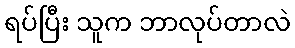
ရပ်ပြီး သူက ဘာလုပ်တာလဲ